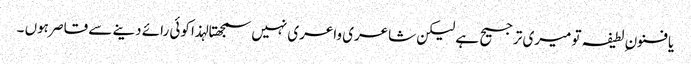
یا فنون ِ لطیفہ تو میری ترجیح ہے لیکن شاعری واعری نہیں سمجھتا لہذا کوئی رائے دینے سے قاصر ہوں ۔